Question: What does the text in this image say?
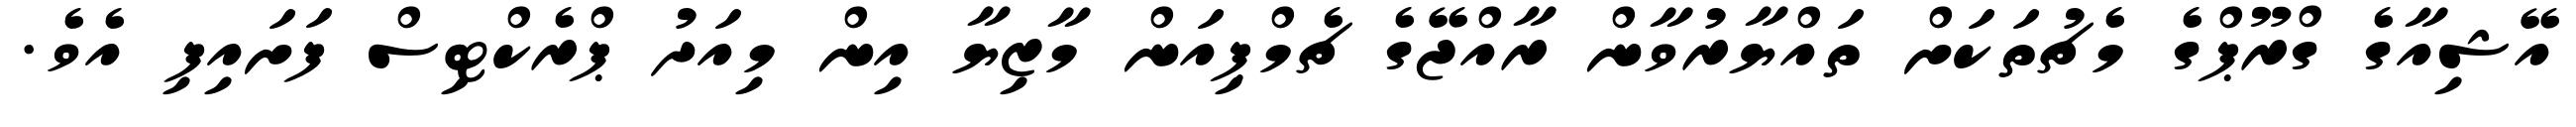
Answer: އޭޝިއާގެ ގްރޫޕްގެ މެޗުތަކަށް ތައްޔާރުވާން ރާއްޖޭގެ ޗެމްޕިއަން މާޒިޔާ އިން މިއަދު ޕްރެކްޓިސް ފަށައިފި އެވެ.